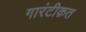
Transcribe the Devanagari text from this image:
गारंटीक़त